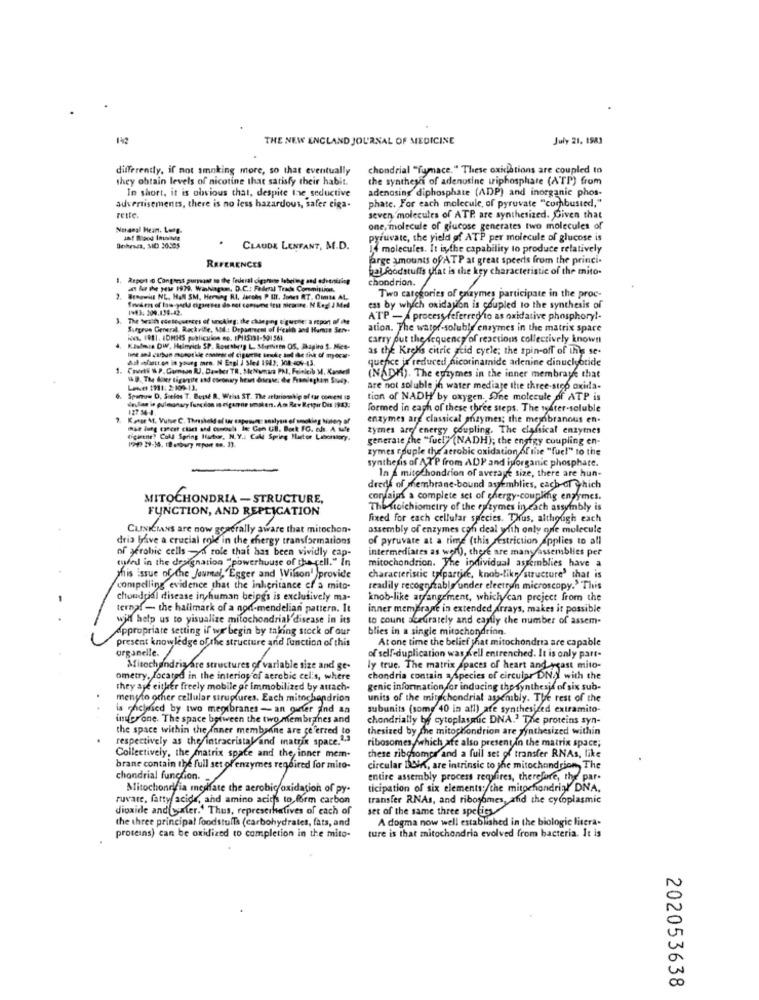
142
THE NEW ENGLAND JOURNAL OF MEDICINE
July 21. 1983
differently, if not smoking more, so that eventually
chondrial "fumace." These oxidations are coupled to
they obtain levels of nicotine that satisfy their habit.
the syntheys of adenosine triphosphate (ATP) from
In short, it is obvious that, despite the seductive
adenosing diphosphate (ADP) and inorganic phos-
phate. For each molecule, of pyruvate "combusted,"
advertisements, there is no less hazardous, safer ciga-
rette.
seven molecules of ATP are synthesized. Given that
Noangl Hear. Long-
one, molecule of glucose generates two molecules of
.
pyruvate, the yield of ATP per molecule of glucose is
Bohessa, MIO 30.305
CLAUDE LENFANT, M.D.
14 molecules. It iythe capability to produce relatively
farge amounts of ATP at great speeds from the princi-
REFERENCES
hal foodstuffs yHat is the key characteristic of the mito.
1. Report o Congress purvast in the Tederal cigaruse labeling and adveniving
chondrion.
# Mu The New 1979. Wanhiagum, D.C .: Federal Track Commitiial.
Brnowill NL. HAN SM. Hering R.I. Jurchs P III. Jones RT, Omta AL.
Two categories of enzymes participate in the proc-
1983. 209.138-42.
ess by which oxidation is coupled to the synthesis of
The Wrath consequences of unching: the changing Eigene: a report of the
ATP - A process referred to as oxidative phosphory !-
Surgeon General, Rackville, Sod .: Drpanneest of Health and Hamss Serve
ation. The water-soluble enzymes in the matrix spare
Hoe 1981. IDMIS publication ep. IPIS131-501561.
carry out the dequency of reactions collectively known
Kladmis DW, Helmrich SP. Rosethets L. Shirminen OS, Shapiro $. Med.
as the Kroks citric acid cycle; the spin-off of this se-
dsl infaatt on in young mare. N Engl J Sled 1983, 308-04-13.
Ine and carbon monot ile enniest of ciguesie inuke and the thk of mora-
quence jr reduced nicorinamide adenine dinucleotide
1. Courts WP. Carnose RJ, Dawber TR, Mchwnia PMI, Feinkeib ), Kanstell
16 9. The Biter tigargite and coronary heart doras. de Framingham Souly.
(NADA). The eprzymes in the inner membrane that
Love (Hl: 2:109-1).
are not soluble in water mediaje the three-stop oxida-
Spanow D, Suelos T. Busse R. Welas ST. The zelationship of tar coment 19
tion of NADH by oxygen. One molecule of ATP is
127 54-4.
formed in each of these three steps. The tsater-soluble
Konge M. Vute C. Threshold of tar capwings analysis of smoking balen of
enzymes are classical enzymes; the meyibranous en.
zymes aro energy coupling. The classical enzymes
figurene? Cold Spring Histor, N.Y .: Call Spring Huetor Liborstory.
199 29-34. 18 etbury report ta. 33.
generate the "fuel" (NADH); the ensigy coupling en-
zymes couple the aerobic oxidation of the "fue!" to the
synthesis of ATP from ADP and iyorganic phosphate.
In 4 mitochondrion of average size, there are hun-
drede of membrane-bound assemblies, cach-of Which
MITOCHONDRIA - STRUCTURE,
cordaiuns a complete set of chergy-coupling enzymes.
FUNCTION, AND REPLICATION
The stoichiometry of the enzymes in each assyinbly is
fixed for each cellular species. Thus, although each
CutxiClays are now generally aware that mitochon-
assembly of enzymes con deal with only one molecule
dris brave a crucial role in the chergy transformations
of pyruvate at a time (this restriction applies to all
of yerobic cells -d role that has been vividly cap-
intermediates as well), there are many assemblies per
cured in the designation "powerhouse of the cell." in
mitochondrion. The individual assemblies have a
Mis issue of the Jeumel, "Egger and Wilson' provide
characteristic talpartire, knob-like structures that is
compelling evidence that the inheritance of a mito-
readily recognizable under electron microscopy.' This
chondcial disease in human beings is exclusively ma-
knob-like arrangement, whichy can project from the
ternaf - the hallmark of a nod-mendelian pattern. It
inner memefrage in extended Arrays, makes it possible
will help us to visualize mitochondrial disease in its
to count accurately and cayfly the number of assem-
Appropriate setting if we'begin by taking stock of our
blies in a single mitochondrinn.
present knowledge of the structure and function of this
At one time the belief that mitochondria are capable
organelle.
of self-duplication was Kell entrenched. It is only part-
Mitochondrigare structures of variable size and ge.
ly true. The matrix spaces of heart and yeast mito-
ometry, Located in the interior of aerobic cel's, where
chondria contain a Species of circular DNA with the
they are either freely mobile or immobilized by attach-
genic information for inducing the synthesis of six sub-
menyto other cellular strupfures. Each mitochondrion
units of the mitochondrial assembly. The rest of the
is chclosed by two meorbranes -- an girter aind an
subunits (some 40 in all) are synthesized extramito-
underone. The space between the two membranes and
chondrially by cytoplasmic DNA.' The proteins syn-
the space within the inner membsine are referred to
thesized by the mitochondrion are synthesized within
respectively as the intracristal and matrix space.1,3
ribosomes which are also present in the matrix space;
Collectively, the matrix space and the inner mem-
these ribosomes and a full set of transfer RNAs, like
brane contain the full set of enzymes required for mito-
circular DANK, are intrinsic to the mitochondrion, The
chondrial function.
entire assembly process reqsfires, therefore, the par-
Mitochondria mesfate the aerobic oxidation of py-
ticipation of six elements: the mitochondrial DNA,
ruvate, fatty acid, and amino aciths to form carbon
transfer RNAs, and ribosomes, and the cytoplasmic
dioxide and butter.' Thus, represerhalives of each of
set of the same three specity
the three principal foodstuffs (carbohydrates, fats, and
A dogma now well established in the biologic litera-
proteins) can be oxidized to completion in the mito-
ture is that mitochondria evolved from bacteria. It is
202053638